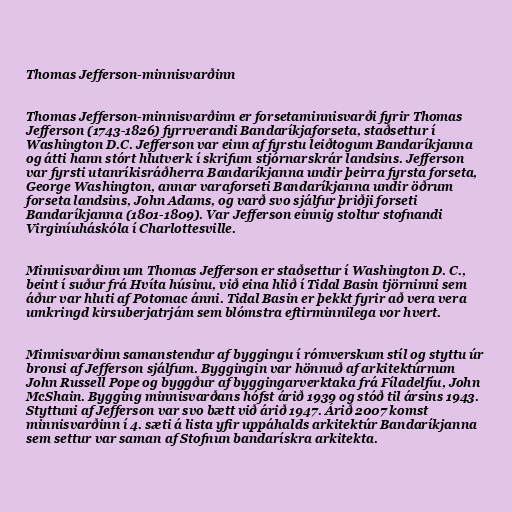
Thomas Jefferson-minnisvarðinn

Thomas Jefferson-minnisvarðinn er forsetaminnisvarði fyrir Thomas
Jefferson (1743-1826) fyrrverandi Bandaríkjaforseta, staðsettur í
Washington D.C. Jefferson var einn af fyrstu leiðtogum Bandaríkjanna
og átti hann stórt hlutverk í skrifum stjórnarskrár landsins. Jefferson
var fyrsti utanríkisráðherra Bandaríkjanna undir þeirra fyrsta forseta,
George Washington, annar varaforseti Bandaríkjanna undir öðrum
forseta landsins, John Adams, og varð svo sjálfur þriðji forseti
Bandaríkjanna (1801-1809). Var Jefferson einnig stoltur stofnandi
Virginíuháskóla í Charlottesville.

Minnisvarðinn um Thomas Jefferson er staðsettur í Washington D. C.,
beint í suður frá Hvíta húsinu, við eina hlið í Tidal Basin tjörninni sem
áður var hluti af Potomac ánni. Tidal Basin er þekkt fyrir að vera vera
umkringd kirsuberjatrjám sem blómstra eftirminnilega vor hvert.

Minnisvarðinn samanstendur af byggingu í rómverskum stíl og styttu úr
bronsi af Jefferson sjálfum. Byggingin var hönnuð af arkitektúrnum
John Russell Pope og byggður af byggingarverktaka frá Fíladelfíu, John
McShain. Bygging minnisvarðans hófst árið 1939 og stóð til ársins 1943.
Styttuni af Jefferson var svo bætt við árið 1947. Árið 2007 komst
minnisvarðinn í 4. sæti á lista yfir uppáhalds arkitektúr Bandaríkjanna
sem settur var saman af Stofnun bandarískra arkitekta.